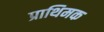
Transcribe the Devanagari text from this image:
प्राथिमक